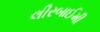
લીરબાઈમી